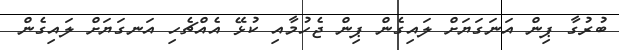
ބުރުގާ ޕިން އަނަގަޔަށް ލައިގެން ޕިން ޖެހުމާއި ކުޅޭ އެއްޗެހި އަނގަޔަށް ލައިގެން